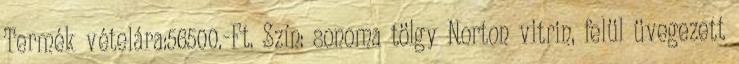
Termék vételára:56500.-Ft. Szín: sonoma tölgy Norton vitrin, felül üvegezett